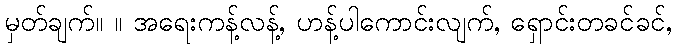
မှတ်ချက်။ ။ အရေးကန့်လန့်, ဟန့်ပါကောင်းလျက်, ရှောင်းတခင်ခင်,